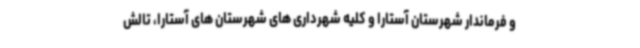
و فرماندار شهرستان آستارا و کلیه شهرداری های شهرستان های آستارا، تالش